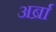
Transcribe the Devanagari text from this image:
अर्ब्रा